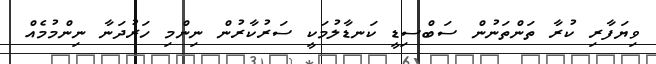
ވިޔަފާރި ކުރާ ތަންތަނުން ސަބްސިޑީ ކަނޑާލުމަކީ ސަރުކާރުން ނިންމި ހަރުދަނާ ނިންމުމެއް